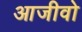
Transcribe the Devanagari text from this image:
आजीवो